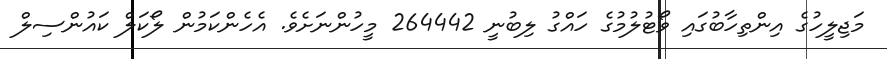
މަޖިލީހުގެ އިންތިހާބުގައި ވޯޓުލުމުގެ ހައްގު ލިބުނީ 264442 މީހުންނަށެވެ. އެހެންކަމުން ލޯކަލް ކައުންސިލް